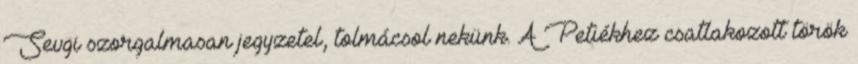
Sevgi szorgalmasan jegyzetel, tolmácsol nekünk. A Petiékhez csatlakozott török